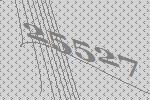
25527